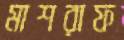
মাশরাফ